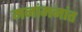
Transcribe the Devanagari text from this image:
मनांमनांत